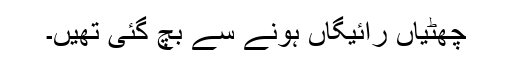
چھٹیاں رائیگاں ہونے سے بچ گئی تھیں۔